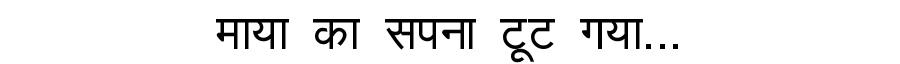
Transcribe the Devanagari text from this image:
माया का सपना टूट गया...